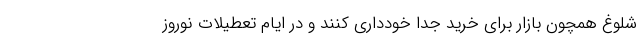
شلوغ همچون بازار برای خرید جدا خودداری کنند و در ایام تعطیلات نوروز